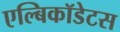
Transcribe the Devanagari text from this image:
एल्बिकॉडेटस